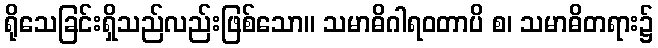
ရိုသေခြင်းရှိသည်လည်းဖြစ်သော။ သမာဓိဂါရဝတာပိ စ၊ သမာဓိတရား၌